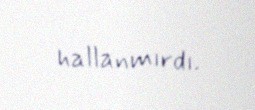
hallanmırdı.